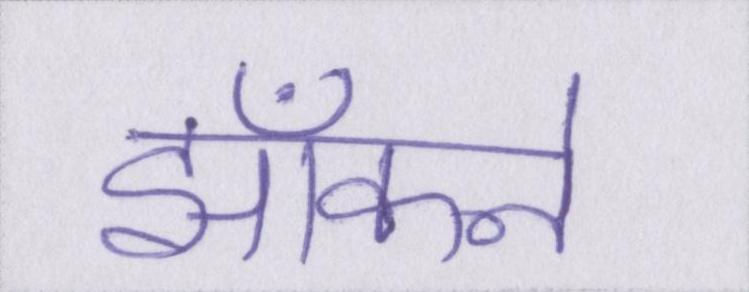
झाँकने